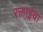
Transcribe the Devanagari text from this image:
रक्ताईचा